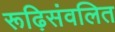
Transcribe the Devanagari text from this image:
रूढ़िसंवलित